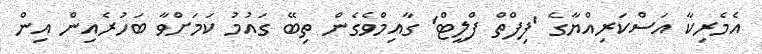
އެމެރިކާ އަސްކަރިއްޔާގެ 'ފިފްތް ފްލީޓް' ގާއިމްވެގެން ތިބޭ ގައުމު ކަމަށްވާ ބަހުރެއިން އިން